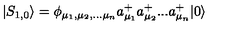
| S _ { 1 , 0 } \rangle = \phi _ { \mu _ { 1 } , \mu _ { 2 } , . . . \mu _ { n } } a _ { \mu _ { 1 } } ^ { + } a _ { \mu _ { 2 } } ^ { + } . . . a _ { \mu _ { n } } ^ { + } | 0 \rangle